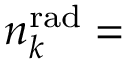
n _ { k } ^ { \mathrm { r a d } } =